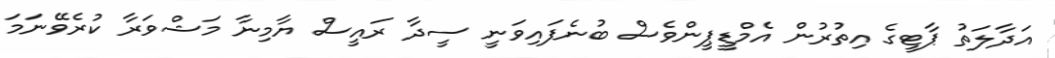
އަދާލަތު ޕާޓީގެ އިތުރުން އެމްޑީޕީންވެސް ބުނެފައިވަނީ ސީދާ ރައީސް ޔާމިނާ މަޝްވަރާ ކުރެވޭނަމަ